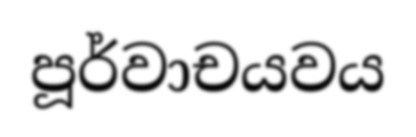
පූර්වාචයවය